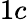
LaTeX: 1c